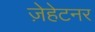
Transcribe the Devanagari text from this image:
ज़ेहेटनर